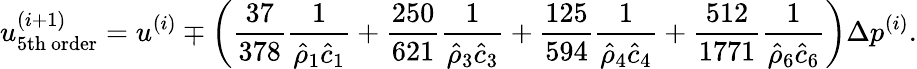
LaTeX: u_{\mathrm{5th~order}}^{(i+1)}=u^{(i)}\mp\left(\frac{37}{378}\frac{1}{\hat{\rho}_{1}\hat{c}_{1}}+\frac{250}{621}\frac{1}{\hat{\rho}_{3}\hat{c}_{3}}+\frac{125}{594}\frac{1}{\hat{\rho}_{4}\hat{c}_{4}}+\frac{512}{1771}\frac{1}{\hat{\rho}_{6}\hat{c}_{6}}\right)\Delta p^{(i)}.